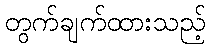
တွက်ချက်ထားသည့်